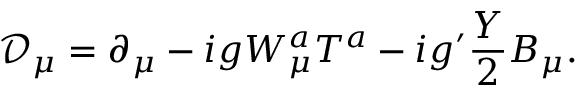
\mathcal { D } _ { \mu } = \partial _ { \mu } - i g W _ { \mu } ^ { a } T ^ { a } - i g ^ { \prime } \frac { Y } { 2 } B _ { \mu } .